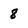
Character: 8